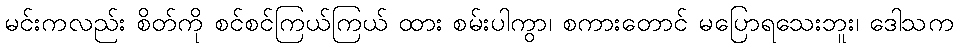
မင်းကလည်း စိတ်ကို စင်စင်ကြယ်ကြယ် ထား စမ်းပါကွာ၊ စကားတောင် မပြောရသေးဘူး၊ ဒေါသက